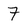
Character: 7